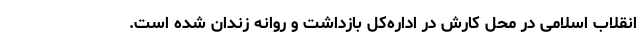
انقلاب اسلامی در محل کارش در اداره‌کل بازداشت و روانه زندان شده است.